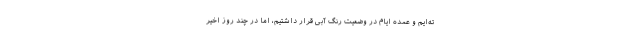
ته‌ایم و عمده ایام در وضعیت رنگ آبی قرار داشتیم، اما در چند روز اخیر